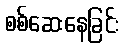
စစ်ဆေးနေခြင်း